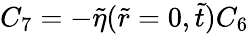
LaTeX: C_{7}=-\tilde{\eta}(\tilde{r}=0,\tilde{t})C_{6}